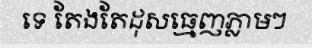
ទេ តែងតែដុសធ្មេញភ្លាមៗ